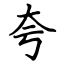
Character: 夸